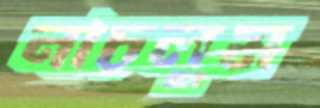
নাচলুম